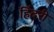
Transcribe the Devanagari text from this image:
हिंदरी